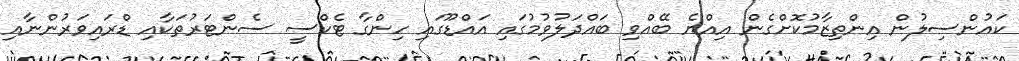
ކައުންސިލުން އިންތިޒާމުކޮށްގެން އިއްޔެ ބޭއްވި ބައްދަލުވުމުގައި އައްޑޫގައި ހިންގާ ޓެކްސީ ސެންޓަރުތަކާއި ޑްރައިވަރުންނާއި